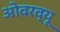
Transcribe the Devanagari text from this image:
ओवरव्यू